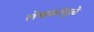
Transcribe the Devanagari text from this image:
लेखकांमुळे